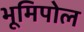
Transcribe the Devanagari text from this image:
भूमिपोल